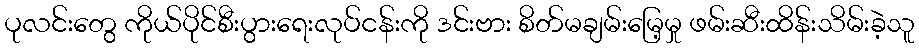
ပုလင်းတွေ ကိုယ်ပိုင်စီးပွားရေးလုပ်ငန်းကို ဒင်းဗား စိတ်မချမ်းမြေ့မှု ဖမ်းဆီးထိန်းသိမ်းခဲ့သူ